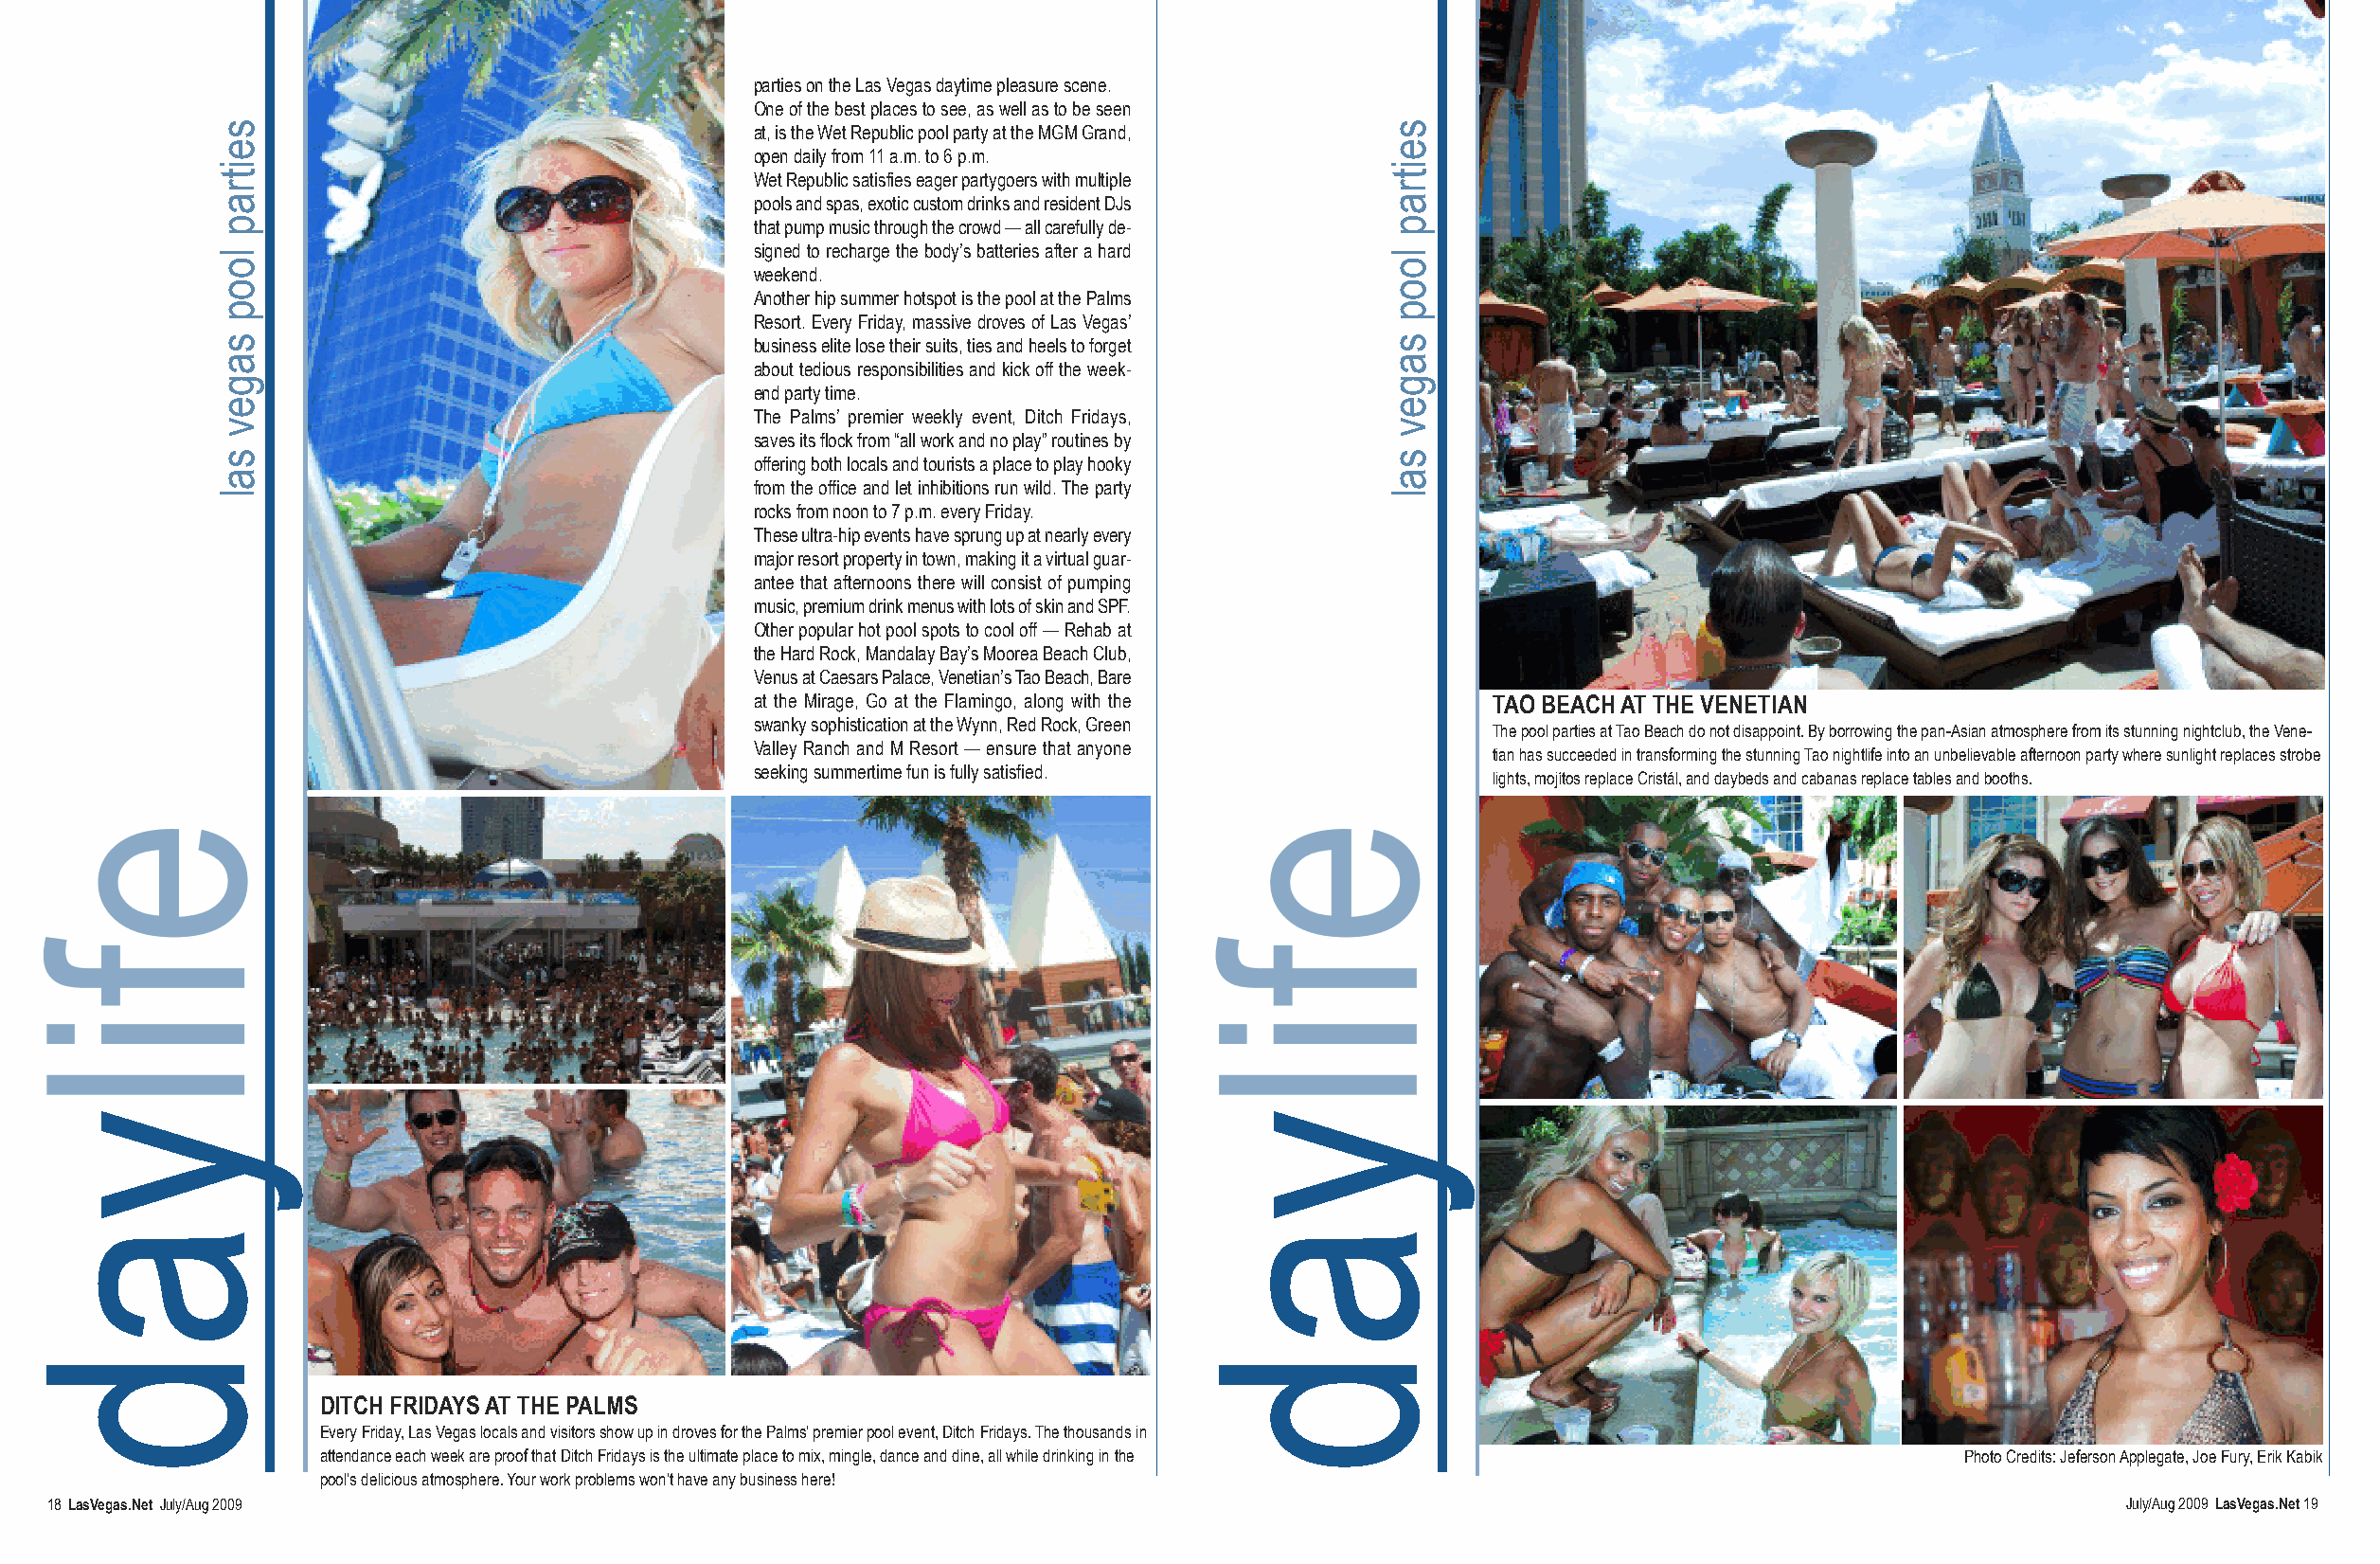
parties on the Las Vegas daytime pleasure scene.
 One of the best places to see, as well as to be seen
 at, is the Wet Republic pool party at the MGM Grand,
 open daily from 11 a.m. to 6 p.m.
 Wet Republic satisfies eager partygoers with multiple
 pools and spas, exotic custom drinks and resident DJs
 that pump music through the crowd — all carefully de-
 signed to recharge the body’s batteries after a hard
 weekend.
 Another hip summer hotspot is the pool at the Palms
 Resort. Every Friday, massive droves of Las Vegas’
 business elite lose their suits, ties and heels to forget
 about tedious responsibilities and kick off the week-
 end party time.
 The Palms’ premier weekly event, Ditch Fridays,
 saves its flock from “all work and no play” routines by
 offering both locals and tourists a place to play hooky
 from the office and let inhibitions run wild. The party
 rocks from noon to 7 p.m. every Friday.
 These ultra-hip events have sprung up at nearly every
 major resort property in town, making it a virtual guar-
 antee that afternoons there will consist of pumping
 music, premium drink menus with lots of skin and SPF.
 Other popular hot pool spots to cool off — Rehab at
 the Hard Rock, Mandalay Bay’s Moorea Beach Club,
 Venus at Caesars Palace, Venetian’s Tao Beach, Bare
 at the Mirage, Go at the Flamingo, along with the  TAO BEACH AT THE VENETIAN
 swanky sophistication at the Wynn, Red Rock, Green
 The pool parties at Tao Beach do not disappoint. By borrowing the pan-Asian atmosphere from its stunning nightclub, the Vene-
 Valley Ranch and M Resort — ensure that anyone
 tian has succeeded in transforming the stunning Tao nightlife into an unbelievable afternoon party where sunlight replaces strobe
 seeking summertime fun is fully satisfied.
 lights, mojítos replace Cristál, and daybeds and cabanas replace tables and booths.
 DITCH FRIDAYS AT THE PALMS
 Every Friday, Las Vegas locals and visitors show up in droves for the Palms’ premier pool event, Ditch Fridays. The thousands in
 attendance each week are proof that Ditch Fridays is the ultimate place to mix, mingle, dance and dine, all while drinking in the Photo Credits: Jeferson Applegate, Joe Fury, Erik Kabik
 pool’s delicious atmosphere. Your work problems won’t have any business here!
 18 LasVegas.Net July/Aug 2009                                                                                                                     July/Aug 2009 LasVegas.Net19
 yad
 seitrap
 loop
 sagev
 sal
 yad
 seitrap
 loop
 sagev
 sal